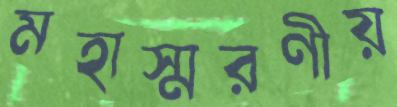
মহাস্মরণীয়